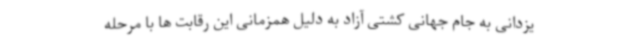
یزدانی به جام جهانی کشتی آزاد به دلیل همزمانی این رقابت ها با مرحله